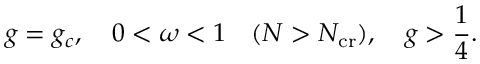
g = g _ { c } , \quad 0 < \omega < 1 \quad ( N > N _ { \mathrm { c r } } ) , \quad g > \frac { 1 } { 4 } .